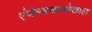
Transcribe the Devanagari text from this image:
एंजेल्सखालोखाल